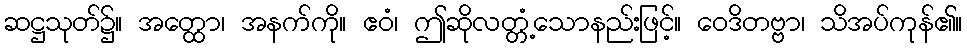
ဆဋ္ဌသုတ်၌။ အတ္ထော၊ အနက်ကို။ ဧဝံ၊ ဤဆိုလတ္တံ့သောနည်းဖြင့်။ ဝေဒိတဗ္ဗာ၊ သိအပ်ကုန်၏။